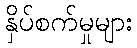
နှိပ်စက်မှုများ